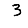
Digit: 3